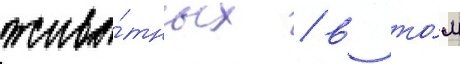
живо́тных / в то́м